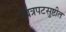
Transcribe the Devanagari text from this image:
चित्रपटसुष्टीत